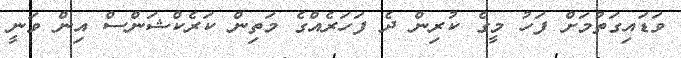
ވަޑައިގަތުމަށް ފަހު މީގެ ކުރިން ދެ ފަހަރެއްގެ މަތިން ކަރެކްޝަންސް އިން ވަނީ